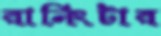
রানিংটার